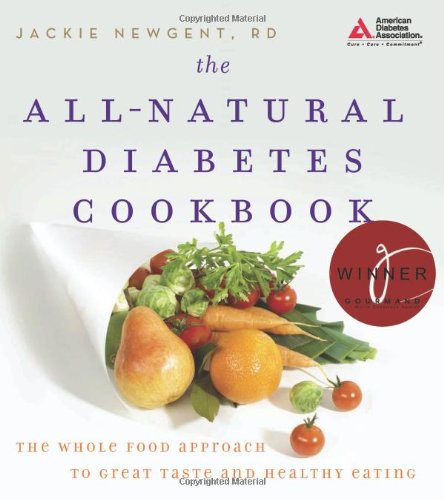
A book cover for The All-Natural Diabetes Cookbook; Jackie Newgent R.D.; Cookbooks, Food & Wine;